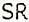
SR